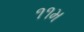
૧૧મ